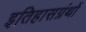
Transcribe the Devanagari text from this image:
इतिहासग्रंथों